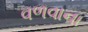
વળવાના